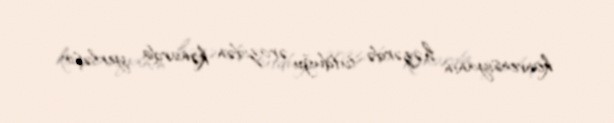
konvensiyanın həzərdə tutduğu ərazidən kənarda yerləşir.